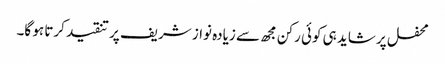
محفل پر شاید ہی کوئی رکن مجھ سے زیادہ نواز شریف پر تنقید کرتا ہو گا۔